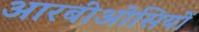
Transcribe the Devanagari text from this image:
आरबीओसियों